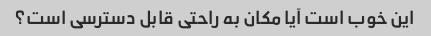
این خوب است آیا مکان به راحتی قابل دسترسی است؟